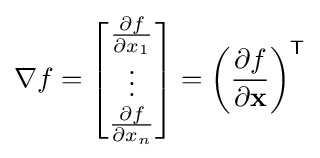
\nabla f={\begin{bmatrix}{\frac {\partial f}{\partial x_{1}}}\\\vdots \\{\frac {\partial f}{\partial x_{n}}}\end{bmatrix}}=\left({\frac {\partial f}{\partial \mathbf {x} }}\right)^{\mathsf {T}}